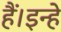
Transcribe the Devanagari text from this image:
हैं।इन्हे